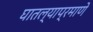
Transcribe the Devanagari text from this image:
घातल्याप्रमाणे